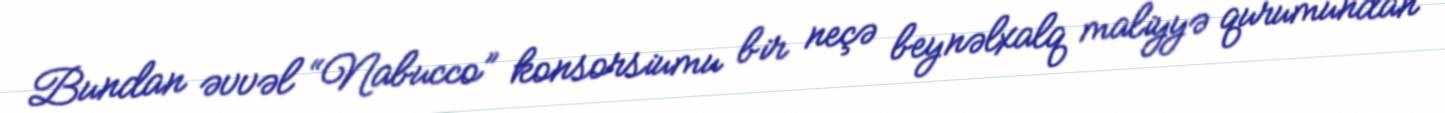
Bundan əvvəl “Nabucco” konsorsiumu bir neçə beynəlxalq maliyyə qurumundan